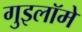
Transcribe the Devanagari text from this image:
गुइलॉमे